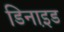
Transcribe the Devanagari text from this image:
डिनाइ़ड